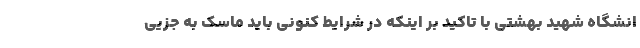
انشگاه شهید بهشتی با تاکید بر اینکه در شرایط کنونی باید ماسک به جزیی